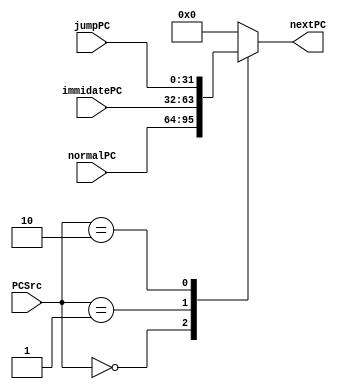
`timescale 1ns / 1ps
//////////////////////////////////////////////////////////////////////////////////
// Company: 
// Engineer: 
// 
// Design Name: 
// Module Name: PCSelecter
// Project Name: 
// Target Devices: 
// Tool Versions: 
// Description: 
// 
// Dependencies: 
// 
// Revision:
// Revision 0.01 - File Created
// Additional Comments:
// 
//////////////////////////////////////////////////////////////////////////////////


module PCSelecter(
    input[1:0] PCSrc,
    input[31:0] normalPC,
    input[31:0] immidatePC,
    input[31:0] jumpPC,
    output reg[31:0] nextPC
    );
    always@(PCSrc or normalPC or immidatePC or jumpPC)
    begin
        case(PCSrc)
            2'b00:nextPC <= normalPC;
            2'b01:nextPC <= immidatePC;
            2'b10:nextPC <= jumpPC;
            default:nextPC <= 0;
        endcase
    end
endmodule